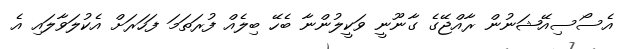
އެސޯސިއޭޝަނުން ރާއްޖޭގެ ގާނޫނީ ވަކީލުންނާ ބެހޭ ބިލެއް ފުރަތަމަ ފަހަރަށް އެކުލަވާލައި އެ